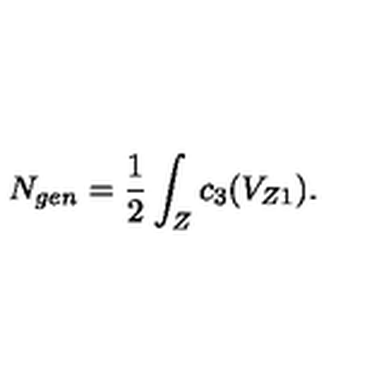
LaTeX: N _ { g e n } = \frac { 1 } { 2 } \int _ { Z } c _ { 3 } ( V _ { Z 1 } ) .